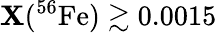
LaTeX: \mathbf{X}(^{56}\mathrm{{Fe}})\gtrsim0.0015